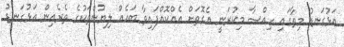
އަޅުގަނޑު މިތާގައި ހިއްސާ މިކުރަނީ އެގޮތަށް އެއްކޮއްފައިވާ ބައެއް ލިޔުންތަކުގެ ތެރެއިން އަޅުގަނޑު